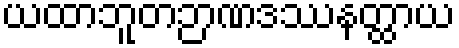
ယထာဘူတဉာဏဒဿနတ္ထာယ